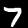
Digit: 7